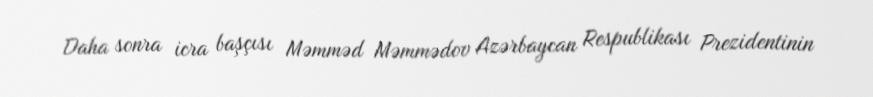
Daha sonra icra başçısı Məmməd Məmmədov Azərbaycan Respublikası Prezidentinin